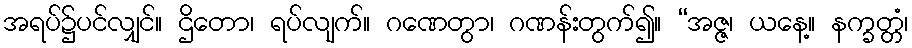
အရပ်၌ပင်လျှင်။ ဌိတော၊ ရပ်လျက်။ ဂဏေတွာ၊ ဂဏန်းတွက်၍။ “အဇ္ဇ၊ ယနေ့။ နက္ခတ္တံ၊